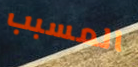
المسبب